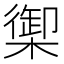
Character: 𬄧